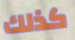
كذلك